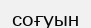
соғуын